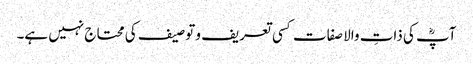
آپؓ کی ذاتِ والا صفات کسی تعریف و توصیف کی محتاج نہیں ہے۔